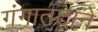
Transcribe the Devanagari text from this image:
गंगातटाने